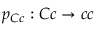
p _ { C c } : C c \rightarrow c c